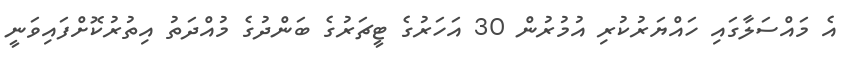
އެ މައްސަލާގައި ހައްޔަރުކުރި އުމުރުން 30 އަހަރުގެ ޓީޗަރުގެ ބަންދުގެ މުއްދަތު އިތުރުކޮށްފައިވަނީ